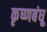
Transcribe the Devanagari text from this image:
कृष्णबंधू